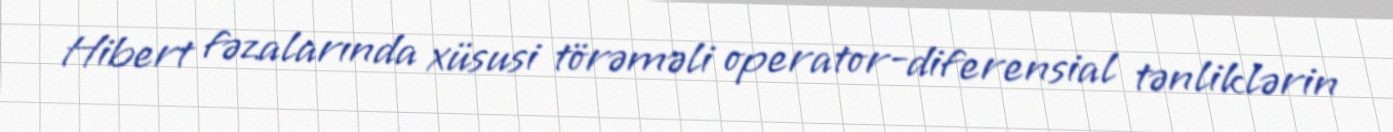
Hibert fəzalarında xüsusi törəməli operator-diferensial tənliklərin